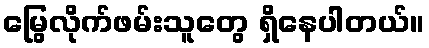
မြွေလိုက်ဖမ်းသူတွေ ရှိနေပါတယ်။